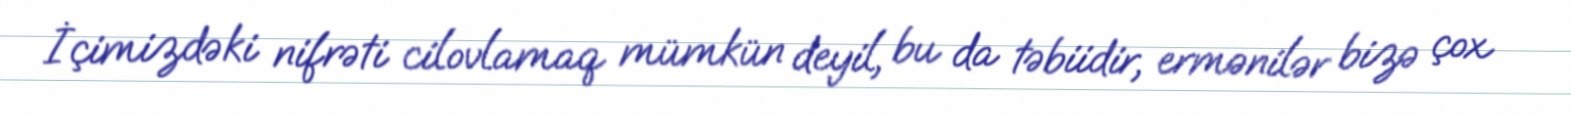
İçimizdəki nifrəti cilovlamaq mümkün deyil, bu da təbiidir, ermənilər bizə çox